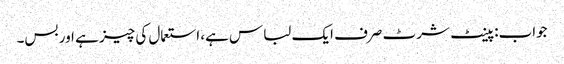
جواب: پینٹ شرٹ صرف ایک لباس ہے، استعمال کی چیز ہے اور بس۔